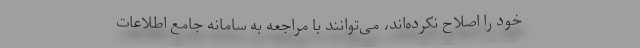
خود را اصلاح نکرده‌اند، می‌توانند با مراجعه به سامانه جامع اطلاعات